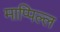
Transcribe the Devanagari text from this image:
माप्पिल्ल